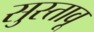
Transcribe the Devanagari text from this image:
सुस्तावू